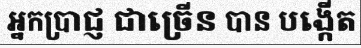
អ្នកប្រាជ្ញ ជាច្រើន បាន បង្កើត